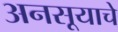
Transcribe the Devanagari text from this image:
अनसूयाचे